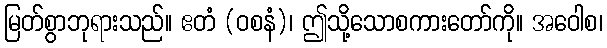
မြတ်စွာဘုရားသည်။ ဧတံ (ဝစနံ)၊ ဤသို့သောစကားတော်ကို။ အဝေါစ၊